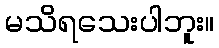
မသိရသေးပါဘူး။